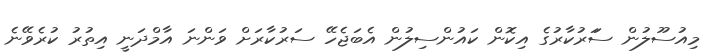
މިއުސޫލުން ސަަރުކާރުގެ އިކޮން ކައުންސިލުން އެބަޖެހޭ ސަރުކާރަށް ވަންނަ އާމްދަނީ އިތުރު ކުރެވޭނެ